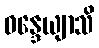
ဝန္ဒေယျာသိ